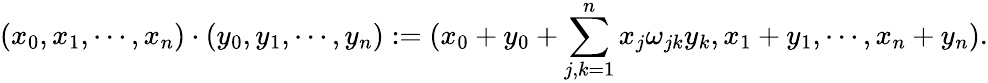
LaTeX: (x_{0},x_{1},\cdots,x_{n})\cdot(y_{0},y_{1},\cdots,y_{n}):=(x_{0}+y_{0}+\sum_{j,k=1}^{n}x_{j}\omega_{jk}y_{k},x_{1}+y_{1},\cdots,x_{n}+y_{n}).